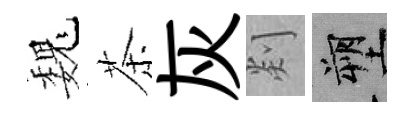
巍茶灰剡塑